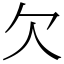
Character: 欠